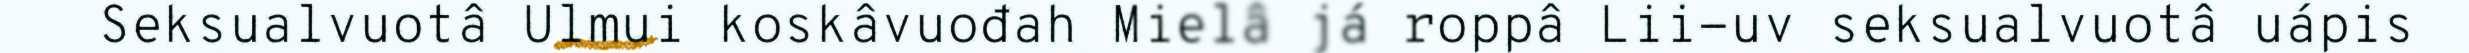
Seksualvuotâ Ulmui koskâvuođah Mielâ já roppâ Lii-uv seksualvuotâ uápis